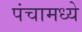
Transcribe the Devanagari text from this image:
पंचामध्ये